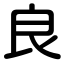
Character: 良